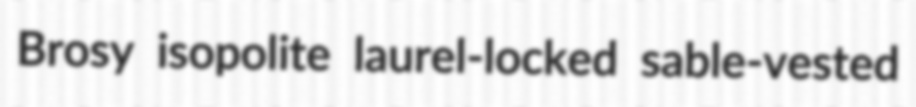
Brosy isopolite laurel-locked sable-vested